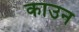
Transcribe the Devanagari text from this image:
काउन